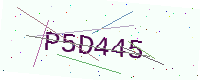
Text: P5D445